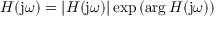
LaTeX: H ( \mathrm { j } \omega ) = | H ( \mathrm { j } \omega ) | \exp \left( \arg H ( \mathrm { j } \omega ) \right)